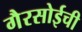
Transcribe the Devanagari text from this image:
गैरसोईची